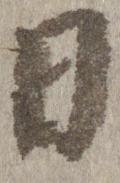
日